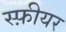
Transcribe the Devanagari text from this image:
स्फ़ीयर